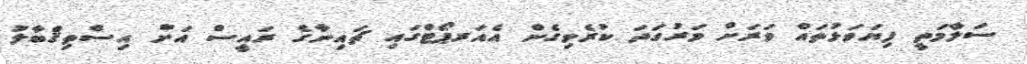
ސަލާމަތީ ފިޔަވަޅުތައް ވަރަށް ވަރުގަދަ ކުރެވިގެން އެއަރޕޯޓްގައި ޗައިނާގެ ރައީސް އަށް އިސްތިޤްބާލު